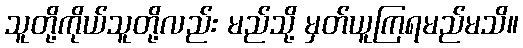
သူတို့ကိုယ်သူတို့လည်း မည်သို့ မှတ်ယူကြရမည်မသိ။